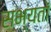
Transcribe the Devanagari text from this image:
सभ्यतों